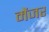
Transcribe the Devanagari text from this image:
मेंजर